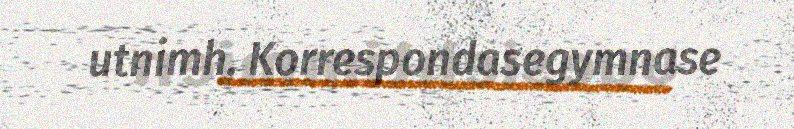
utnimh. Korrespondasegymnase